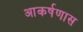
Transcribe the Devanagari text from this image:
आकर्षणास